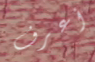
أعرف